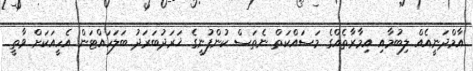
އާމްދަނީއެއް ލިބުމާއި އިމާރާތެއްގެ މަސައްކަތް ނެތަސް ކުންފުނީގެ ޚަރަދުބަރަދު ބަލަހައްޓަން އެހީއަކަށް ވާތީ